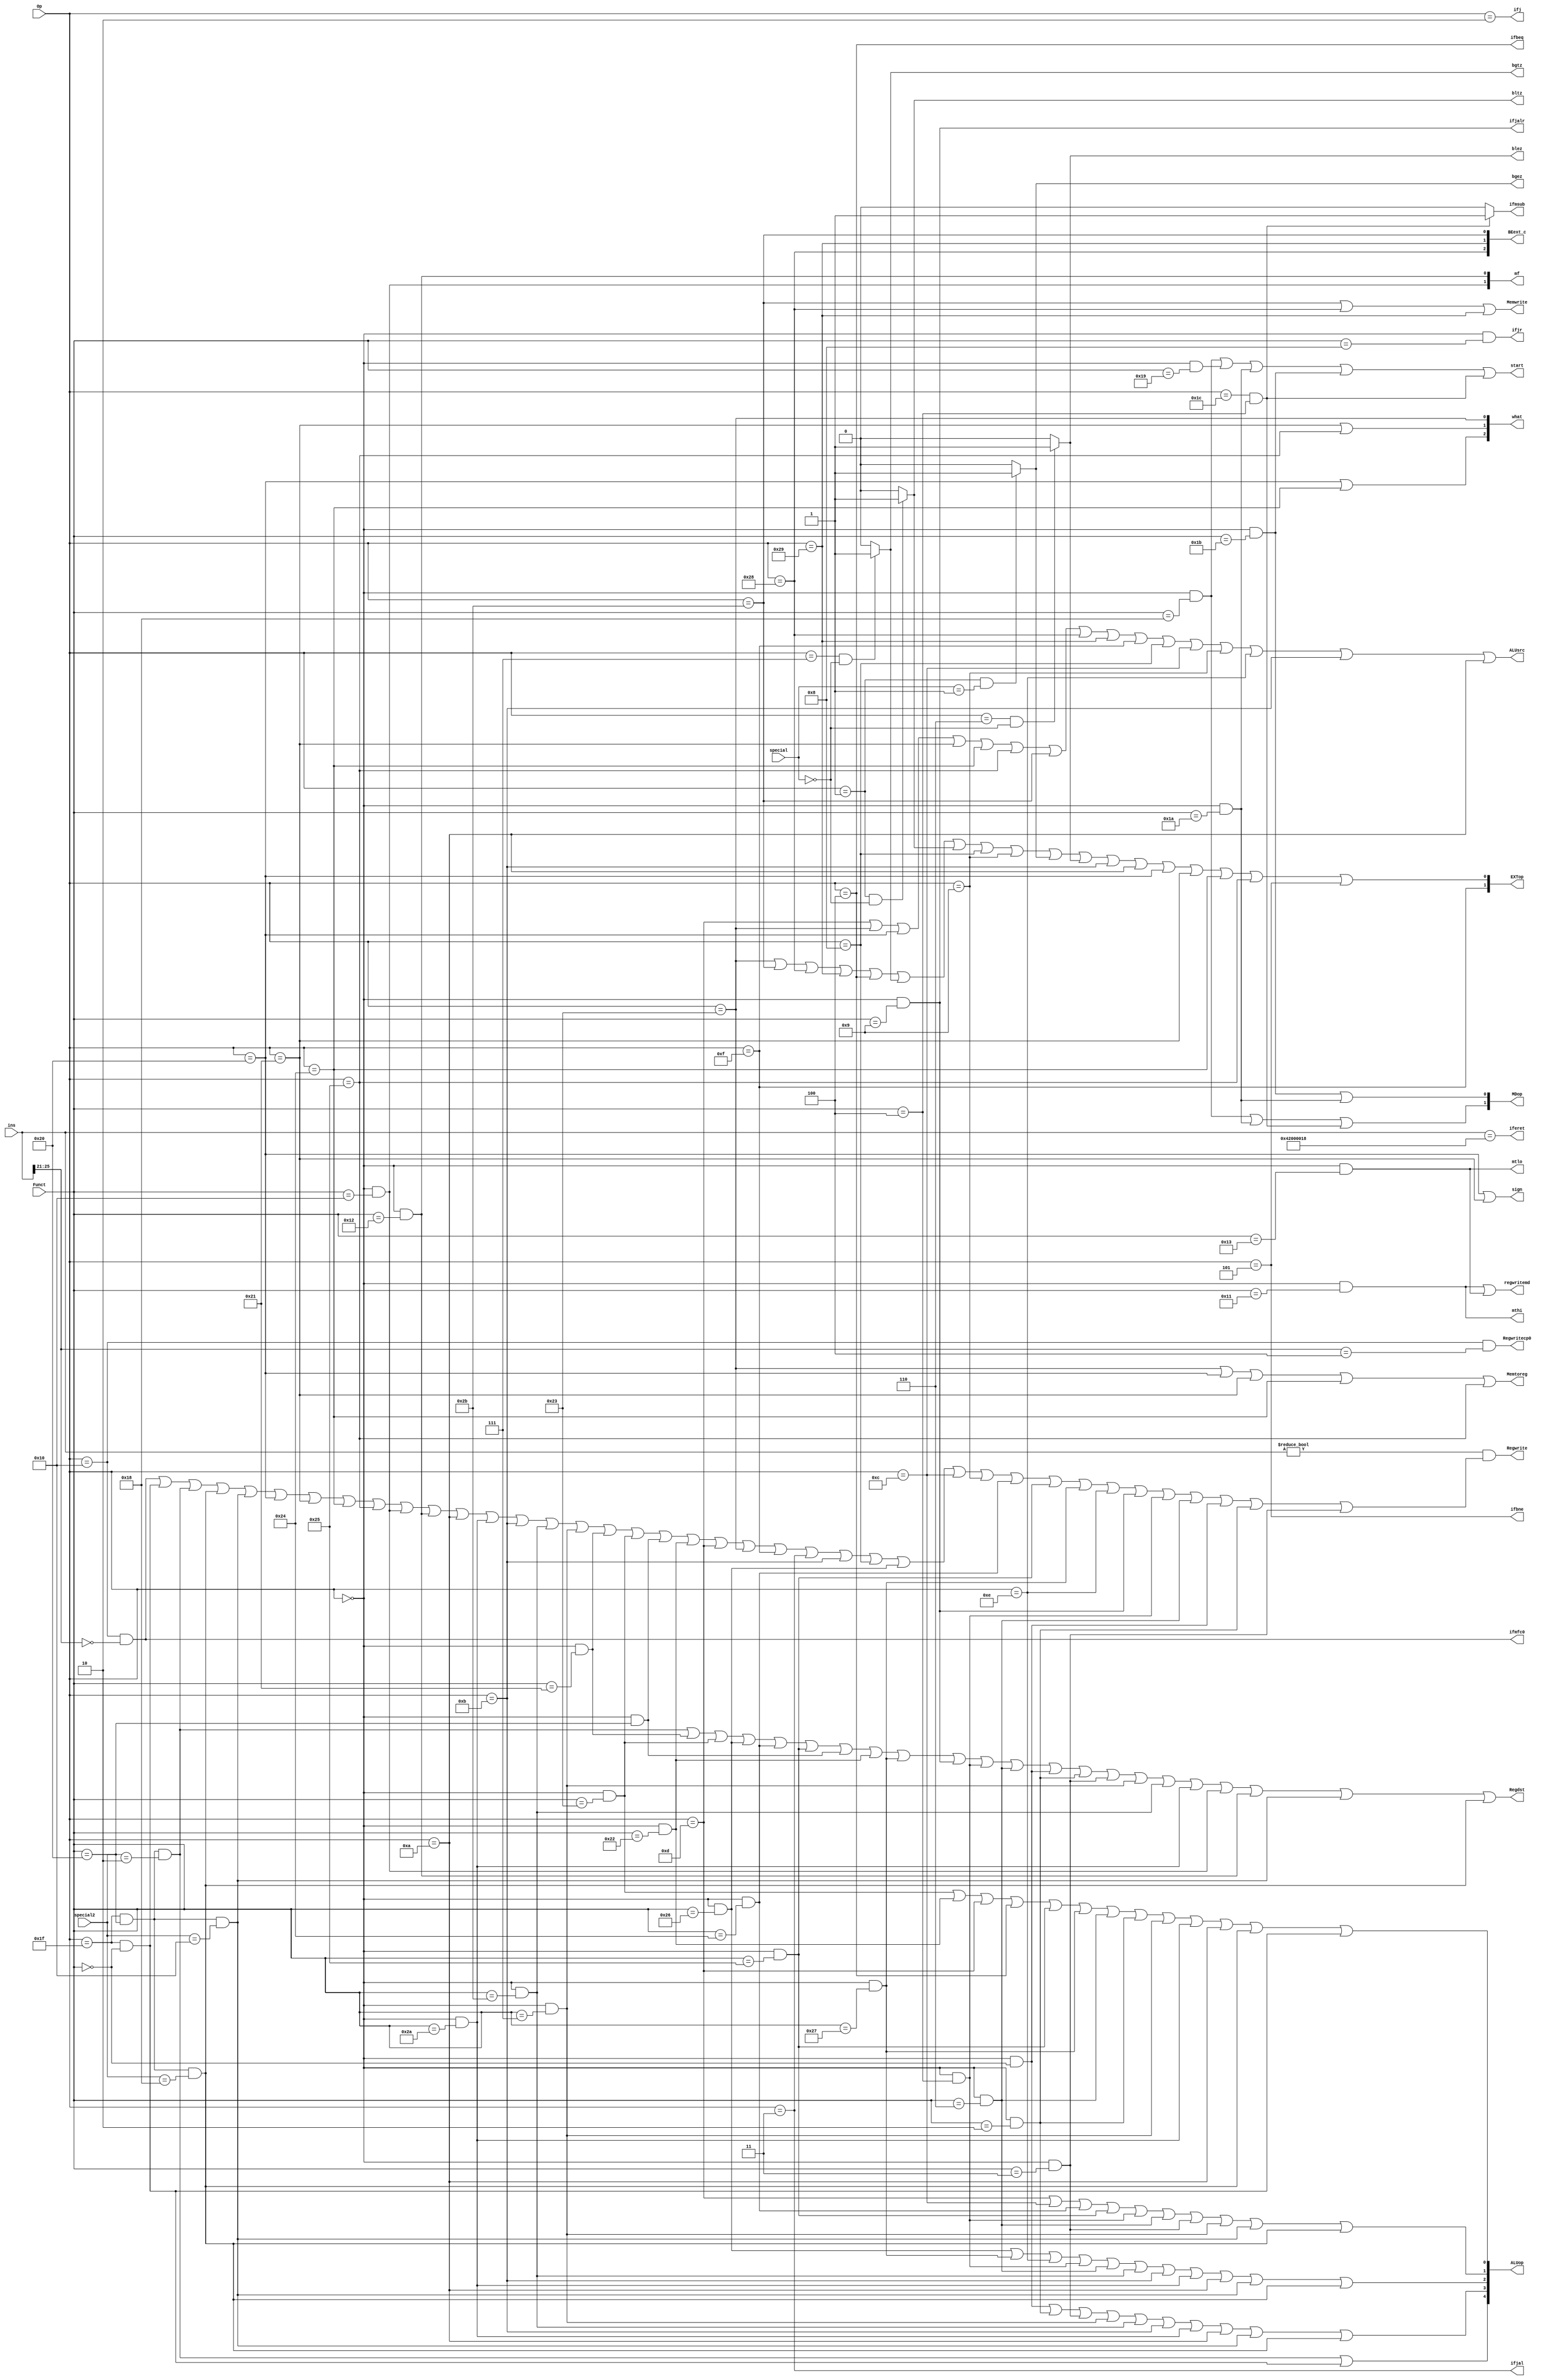
`timescale 1ns / 1ps
//////////////////////////////////////////////////////////////////////////////////
// Company: 
// Engineer: 
// 
// Design Name: 
// Module Name:    controller 
// Project Name: 
// Target Devices: 
// Tool versions: 
// Description: 
//
// Dependencies: 
//
// Revision: 
// Revision 0.01 - File Created
// Additional Comments: 
//
//////////////////////////////////////////////////////////////////////////////////
module controller(
    input [5:0] Op,
    input [5:0] Funct,
	 input [4:0] special,
	 input [4:0] special2,
    output  reg Regdst,
    output  reg ALUsrc,
    output  reg Memtoreg,
    output  reg Regwrite,
    output  reg Memwrite,	 
    output  reg ifbeq,
	 output  reg ifbne,
	 output  reg ifjal,	
	 output  reg ifjalr,
	 output  reg ifjr,
	 output  reg ifj,
    output  reg [1:0] EXTop,
    output  reg [4:0] ALUop,
	 output  reg [2:0] BEext_c,
	 output  reg [2:0] what,
	 //output  reg [2:0] Op,
	 output  reg sign,
	 
	 output  reg mthi,
	 output  reg mtlo,
	 output  reg regwritemd,
	 output  reg [1:0] MDop,
	 output  reg [1:0] mf,
	 output  ifmsub,
	 
	 output   bgtz,
	 output   bltz,
	 output bgez,
	 output blez,
	 output reg start,
	 
	 output reg Regwritecp0,
	 output reg iferet,
	 output reg ifmfc0,
	 input [31:0] ins
    );

initial begin 
  Regdst<=1'b0;
	 ALUsrc<=1'b0;
	 Memtoreg<=1'b0;
	Regwrite<=1'b0;
	  Memwrite<=1'b0;
	 ifbeq<=1'b0;
	 ifbne<=1'b0;
	  ifjal<=1'b0;
	 ifjr<=1'b0;
	 ifj<=1'b0;
	  EXTop[0]<=1'b0;
	 EXTop[1]<=1'b0; 
	 BEext_c<=3'b000;
	 what<=3'b000;
	 
	 ALUop[0]<=1'b0;
	  ALUop[1]<=1'b0;
	 ALUop[2]<=1'b0;
	 ALUop[3]<=1'b0;
	 ALUop[4]<=1'b0;
	 mthi<=1'b0;
	 mtlo<=1'b0;
	 regwritemd<=1'b0;
	 MDop<=2'b00;
	 start<=1'b0;
	 mf<=2'b00;
	// Op<=3'b000;
	 sign<=1'b0;
	 Regwritecp0<=1'b0;
	 iferet<=1'b0;
	 ifmfc0<=1'b0;
	
end
	
    wire addu=((Op==6'b000000)&(Funct==6'b100001));
	 wire add= ((Op==6'b000000)&(Funct==6'b100000));
	 wire subu=((Op==6'b000000)&(Funct==6'b100011));
	 wire sub= ((Op==6'b000000)&(Funct==6'b100010));
	 wire ori= (Op==6'b001101);
	 wire lw=  (Op==6'b100011);
	 wire sw=  (Op==6'b101011);
	 wire beq= (Op==6'b000100);
	 wire lui= (Op==6'b001111);
	 wire jal= (Op==6'b000011);//+instr_indext26
	 wire jr=  ((Op==6'b000000)&(Funct==6'b001000));
	 wire j=   (Op==6'b000010);
	 wire addi =(Op==6'b001000);
	 wire andi= (Op==6'b001100);
	 wire xorr= ((Op==6'b000000)&(Funct==6'b100110));
	 wire xori=  (Op==6'b001110);
	 wire addiu=(Op==6'b001001); //
	 wire andd= ((Op==6'b000000)&(Funct==6'b100100));
	 wire orr=  ((Op==6'b000000)&(Funct==6'b100101));
	 wire norr= ((Op==6'b000000)&(Funct==6'b100111));
   
	 wire bne= (Op==6'b000101);
	 wire jalr= ((Op==6'b000000)&(Funct==6'b001001));
	 wire sllv= ((Op==6'b000000)&(Funct==6'b000100));
	 wire srlv= ((Op==6'b000000)&(Funct==6'b000110));
	 wire sll=  ((Op==6'b000000)&(Funct==6'b000000));
	 wire srl=  ((Op==6'b000000)&(Funct==6'b000010));
	 wire sra=  ((Op==6'b000000)&(Funct==6'b000011));
	 wire srav=  ((Op==6'b000000)&(Funct==6'b000111));
	 
	 wire sltu = ((Op==6'b000000)&(Funct==6'b101011));
	 wire sltiu= (Op==6'b001011);
	 wire slt =  ((Op==6'b000000)&(Funct==6'b101010));
	 wire slti= (Op==6'b001010);
	 
	 wire mult = ((Op==6'b000000)&(Funct==6'b011000));
	 wire multu= ((Op==6'b000000)&(Funct==6'b011001));
	 wire div =  ((Op==6'b000000)&(Funct==6'b011010));
	 wire divu=  ((Op==6'b000000)&(Funct==6'b011011));
	 wire mthii= ((Op==6'b000000)&(Funct==6'b010001));
	 wire mtloo= ((Op==6'b000000)&(Funct==6'b010011));
	 wire mflo=  ((Op==6'b000000)&(Funct==6'b010010));
	 wire mfhi=  ((Op==6'b000000)&(Funct==6'b010000));
	 
	 wire msub= ((Op==6'b011100)&(Funct==6'b000100));
	 assign ifmsub = ((Op==6'b011100)&(Funct==6'b000100))?1'b1:1'b0;
	 
	 assign bgtz= ((Op==6'b000111)&(special==5'b00000))?1'b1:1'b0;
	 assign bltz= ((Op==6'b000001)&(special==5'b00000))?1'b1:1'b0;
	 assign blez= ((Op==6'b000110)&(special==5'b00000))?1'b1:1'b0;//0
	 assign bgez= ((Op==6'b000001)&(special==5'b00001))?1'b1:1'b0;//0
	 
	 wire sb= (Op==6'b101000);
	 wire sh= (Op==6'b101001);
	 
	 wire lb= (Op==6'b100000);
	 wire lh= (Op==6'b100001);
	 wire lbu=(Op==6'b100100);
	 wire lhu=(Op==6'b100101);
	 
	 wire seb= ((Op==6'b011111)&(Funct==6'b100000)&(special2==5'b10000));
	 wire seh =((Op==6'b011111)&(Funct==6'b100000)&(special2==5'b11000));
	 wire wsbh=((Op==6'b011111)&(Funct==6'b100000)&(special2==5'b00010));
	 wire ext =((Op==6'b011111)&(Funct==6'b000000));
	 
	 wire mtc0= (Op==6'b010000)& (ins[25:21]== 5'b00100);
	 wire mfc0= (Op==6'b010000)& (ins[25:21]== 5'b00000);/***************/
	 wire eret= ins[31:0]==32'b0100_0010_0000_0000_0000_0000_0001_1000;

	 always@(*)begin
	 ///rd
	  Regdst<=wsbh|addu|subu|xorr|andd|orr|add|sub|norr|jalr|sllv|srlv|sll|srl|sra|srav|sltu|slt|mfhi|mflo|seb|seh;
	  ///alu
	  ALUsrc<=ori|lw|lb|lh|lbu|lhu|sw|sb|sh|lui|addi|andi|addiu|xori|sltiu|slti;
	 Memtoreg<=lw|lb|lh|lbu|lhu;
	 Regwrite<=(ins!=32'h00000000)&(mfc0|ext|wsbh|seh|seb|lb|lh|lbu|lhu|mfhi|mflo|slti|slt|sltiu|sltu|srav|addu|subu|add|sub|ori|lw|lui|jal|sltiu|addi|xorr|andi|addiu|andd|orr|norr|xori|jalr|sllv|srlv|sll|srl|sra);
	  Memwrite<=sw|sb|sh;
	 ifbeq<=beq;
	 ifbne<=bne;
	  ifjal<=jal;
	  ifjalr<=jalr;
	 ifjr<=jr;
	 ifj<=j;
	 EXTop[0]<=lw|sw|sb|sh|beq|bgtz|bltz|addi|addiu|bgez|blez|sltiu|slti|lb|lh|lbu|lhu|bne;
	 EXTop[1]<=lui; 
	 
	 ALUop[0]<=subu|sub|ori|beq|orr|norr|srlv|srl|srav|slt|slti|seh|ext;
	 ALUop[1]<=ori|andi|andd|orr|sllv|srlv|sra|srav|seb|seh;
	 ALUop[2]<=xorr|norr|xori|sllv|srlv|sltu|sltiu|slt|slti|seb|seh;
	 ALUop[3]<=sll|srl|sra|srav|sltu|sltiu|slt|slti|seb|seh;
	 ALUop[4]<=wsbh|ext;
	 
	 
	 
	 BEext_c[0]<=sw;
	 BEext_c[1]<=sh;
	 BEext_c[2]<=sb;
	 
	 what[0]<=lw;
	 what[1]<=lh|lhu;
	 what[2]<=lb|lbu;
	 
	 sign<=lb|lh;
	 
	 mthi<=mthii;
	 mtlo<=mtloo;
	 regwritemd<=mthii|mtloo;
	 
	 MDop[0]<=divu|div;
	 MDop[1]<=mult|div|msub;
	 mf[0]<=mflo;
	 mf[1]<=mfhi;
	 	 
	 start<=mult|multu|div|divu|msub;
	 
	 Regwritecp0<=mtc0;
	 iferet<= eret;
	 ifmfc0<= mfc0;
	 end
	 
endmodule